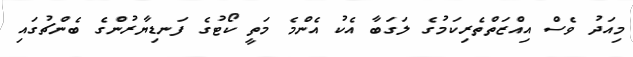
މިއަދު ވެސް އިއްޒަތްތެރިކަމުގެ ލަގަބާ އެކު އެންމެ މަތީ ކޯޓުގެ ފަނޑިޔާރުންގެ ބެންޗުގައި